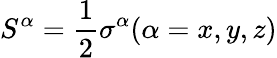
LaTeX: S^{\alpha}=\frac{1}{2}\sigma^{\alpha}(\alpha=x,y,z)